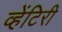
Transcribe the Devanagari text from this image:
व्हेंटिरी